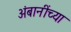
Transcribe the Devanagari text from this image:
अंबानींच्या